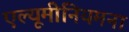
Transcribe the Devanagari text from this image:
एल्यूमीनियमना